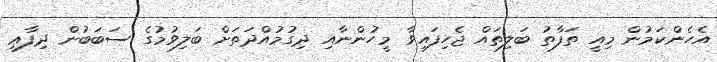
އެހެންކަމުން މިއީ ތަފާތު ބަލިތައް ޖެހިފައިވާ މީހުންނާއި ދިގުމުއްދަތަށް ބަލިވުމުގެ ސަބަބުން ދިފާޢީ